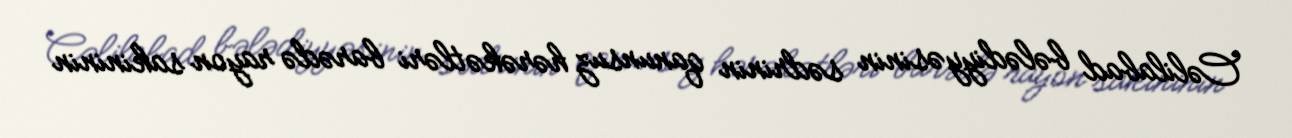
Cəlilabad bələdiyyəsinin sədrinin qanunsuz hərəkətləri barədə rayon sakininin